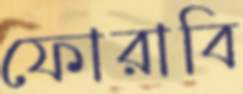
ফোরাবি